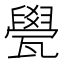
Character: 㽇